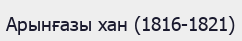
Арынғазы хан (1816-1821)